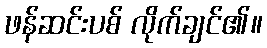
ဖန်ဆင်းပစ် လိုက်ချင်၏။